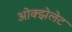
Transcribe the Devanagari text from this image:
ओक्झेलेट